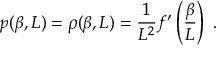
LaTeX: p ( \beta , L ) = \rho ( \beta , L ) = \frac { 1 } { L ^ { 2 } } f ^ { \prime } \left( \frac { \beta } { L } \right) \; .